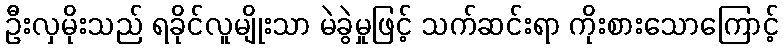
ဦးလှမိုးသည် ရခိုင်လူမျိုးသာ မဲခွဲမှုဖြင့် သက်ဆင်းရာ ကိုးစားသောကြောင့်